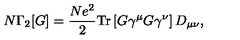
N \Gamma _ { 2 } [ G ] = \frac { N e ^ { 2 } } { 2 } \mathrm { T r } \left[ G \gamma ^ { \mu } G \gamma ^ { \nu } \right] D _ { \mu \nu } ,